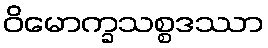
ဝိမောက္ခသစ္စဒဿာ